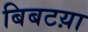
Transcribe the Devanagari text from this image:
बिबटय़ा